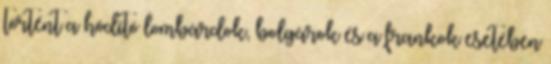
történt a hódító lombárdok, bolgárok és a frankok esetében